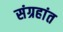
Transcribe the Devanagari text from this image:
संग्रहांत